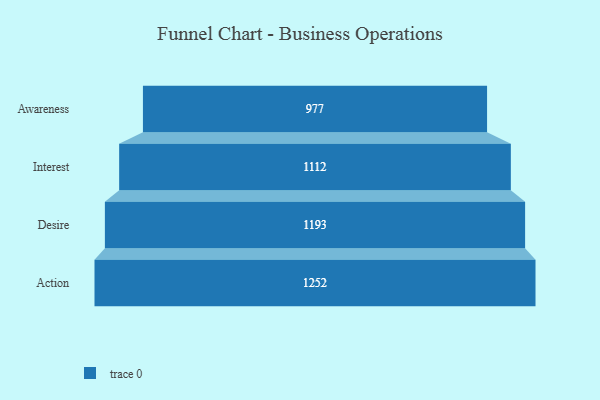
{"axis": {"x": "Stage", "y": "Value"}, "legend": [""], "data": [{"x": "Awareness", "y": 977.0, "type": ""}, {"x": "Interest", "y": 1112.0, "type": ""}, {"x": "Desire", "y": 1193.0, "type": ""}, {"x": "Action", "y": 1252.0, "type": ""}]}